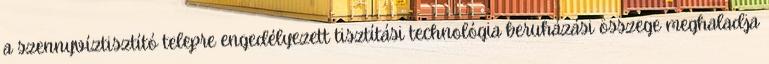
a szennyvíztisztító telepre engedélyezett tisztítási technológia beruházási összege meghaladja